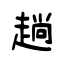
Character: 趟